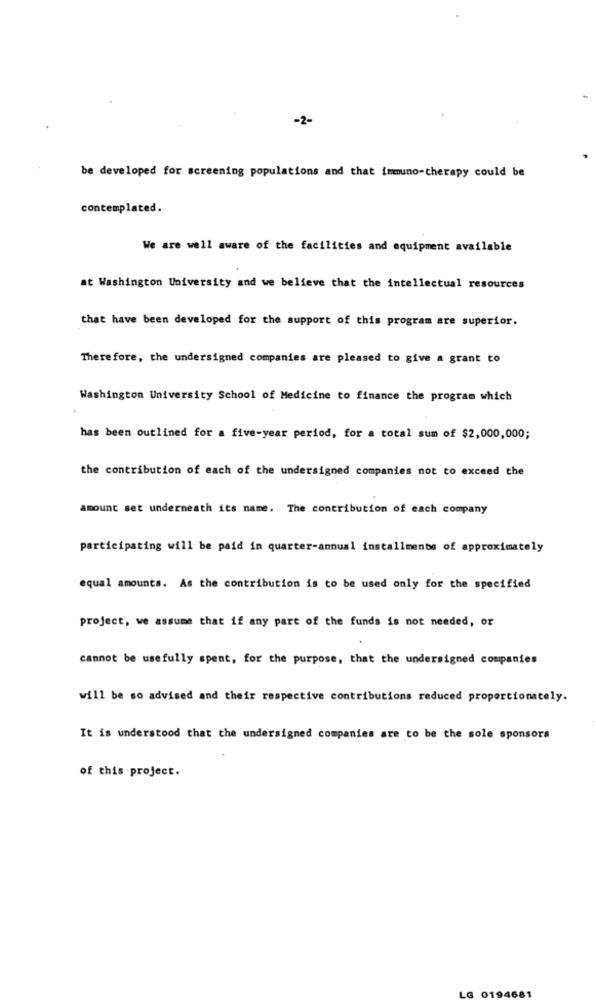
-2-
be developed for screening populations and that immuno-therapy could be
contemplated.
We are well aware of the facilities and equipment available
at Washington University and we believe that the intellectual resources
that have been developed for the support of this program are superior.
There fore, the undersigned companies are pleased to give a grant to
Washington University School of Medicine to finance the program which
has been outlined for a five-year period, for a total sum of $2,000,000;
the contribution of each of the undersigned companies not to exceed the
amount set underneath its name. The contribution of each company
participating will be paid in quarter-annual installments of approximately
equal amounts. As the contribution is to be used only for the specified
project, we assume that if any part of the funds is not needed, or
cannot be usefully spent, for the purpose, that the undersigned companies
will be so advised and their respective contributions reduced proportionately.
It is understood that the undersigned companies are to be the sole sponsors
of this project.
LG 0194681